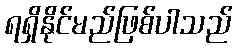
ရရှိနိုင်မည်ဖြစ်ပါသည်